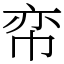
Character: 帟